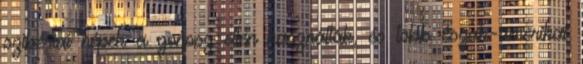
szibériai népek a gonosz ellen használták, és több észak-amerikai